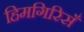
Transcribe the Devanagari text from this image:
हिमगिरिसँ